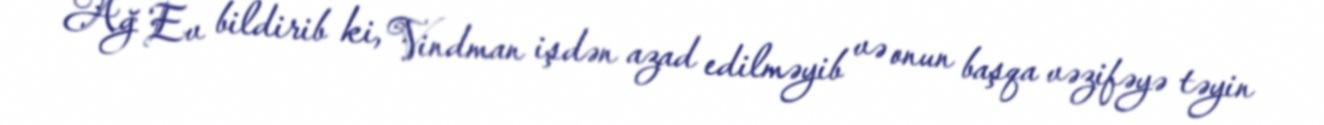
Ağ Ev bildirib ki, Vindman işdən azad edilməyib və onun başqa vəzifəyə təyin